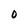
Character: 0